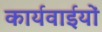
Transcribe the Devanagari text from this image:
कार्यवाईयों